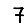
Digit: 7